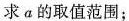
求α的取值范围；